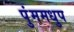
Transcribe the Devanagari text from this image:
पुंममधुप